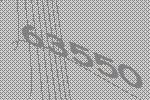
63550